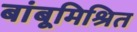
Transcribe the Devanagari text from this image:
बांबूमिश्रित